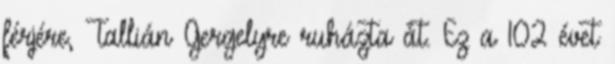
férjére, Tallián Gergelyre ruházta át. Ez a 102 évet